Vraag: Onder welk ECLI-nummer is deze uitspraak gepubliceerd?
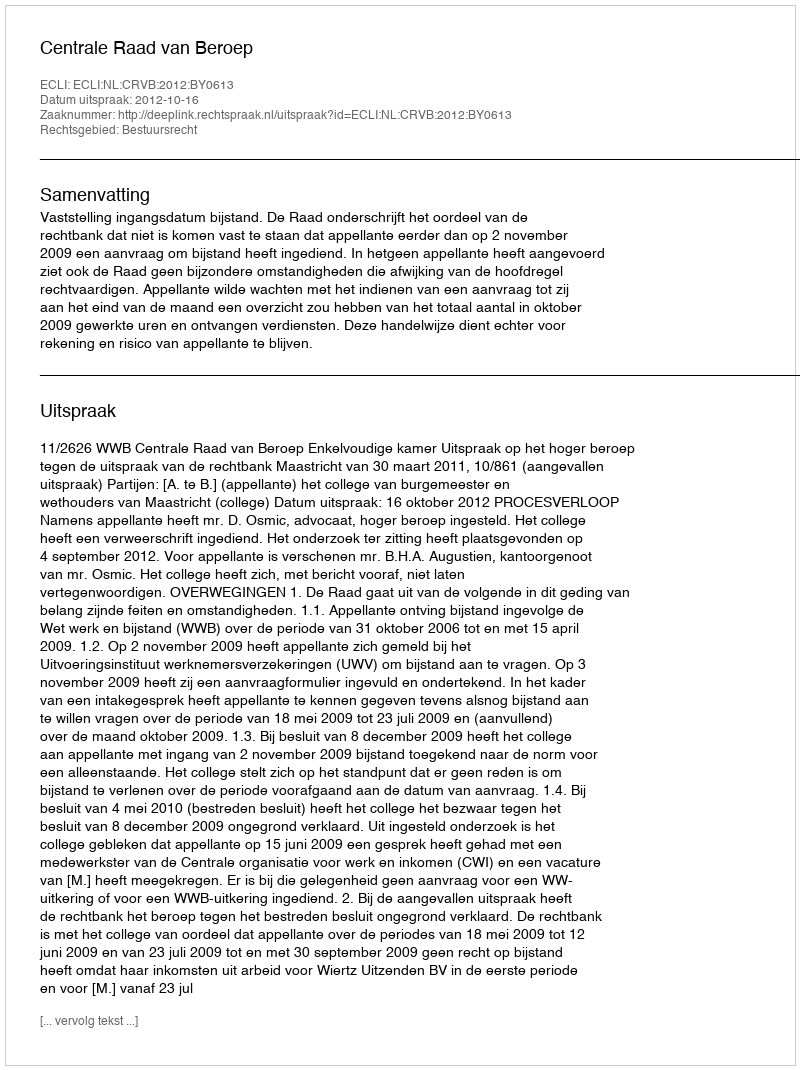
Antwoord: ECLI:NL:CRVB:2012:BY0613